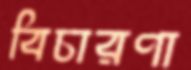
বিচারণা